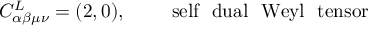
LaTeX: C _ { \alpha \beta \mu \nu } ^ { L } = ( 2 , 0 ) , ~ ~ ~ ~ ~ ~ ~ \mathrm { s e l f ~ ~ d u a l ~ ~ W e y l ~ ~ t e n s o r }